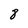
Character: 8